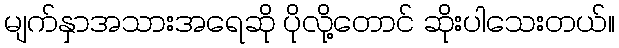
မျက်နှာအသားအရေဆို ပိုလို့တောင် ဆိုးပါသေးတယ်။